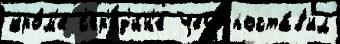
кро́м'е с'ер'ед'и́н'е Чего́ поста́в'ил